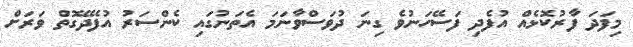
މިފަދަ ފާރުކޮޅެއް އުފެދި ފަސޭހަނުވެ ގިނަ ދުވަސްވާނަމަ އެތަނުގައި ކެންސަރު އުފެދޭގޮތް ވަރަށް